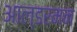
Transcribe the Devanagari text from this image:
आल्डरमन